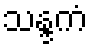
သန္ဒကံ